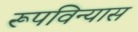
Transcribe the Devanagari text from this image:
रूपविन्यास